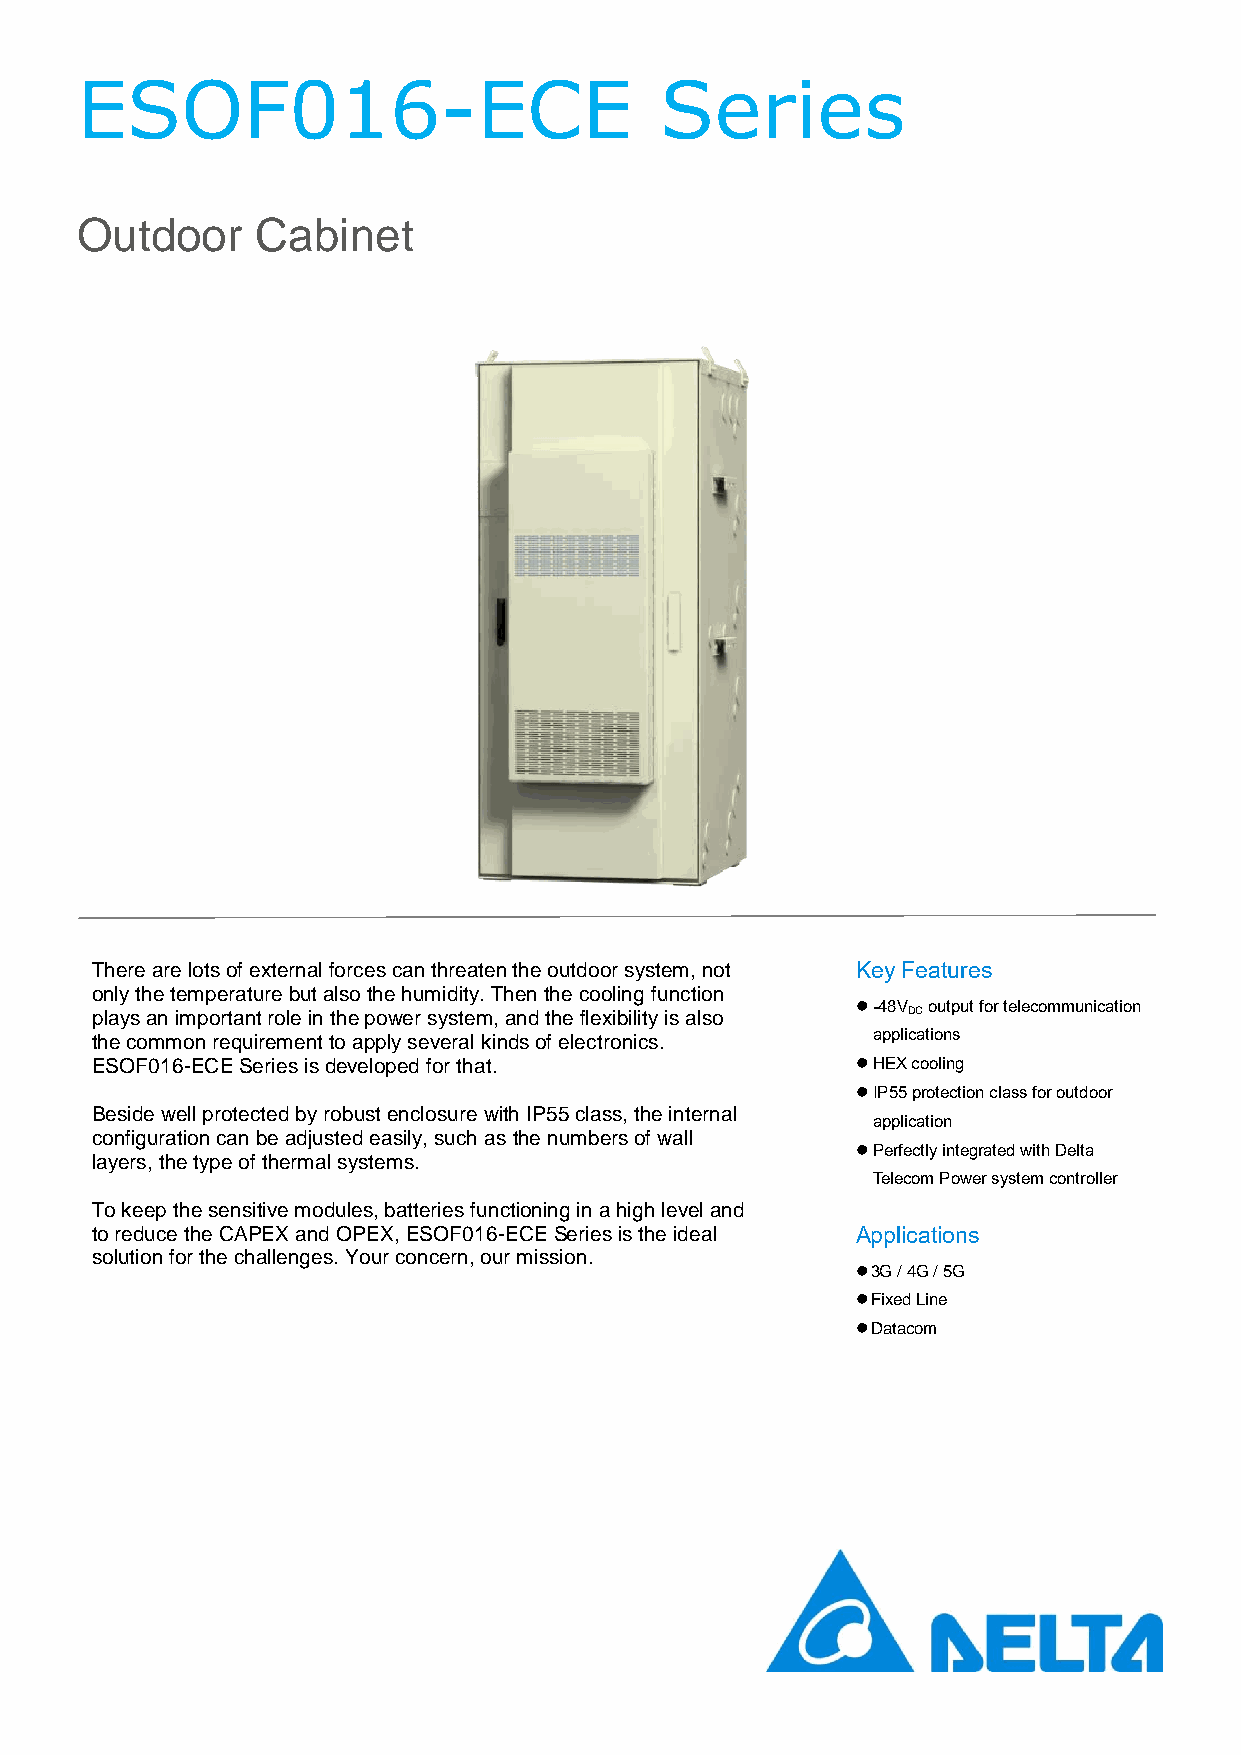
ESOF016-ECE                            Series
 Outdoor     Cabinet
 There are lots of external forces can threaten the outdoor system, not Key Features
 only the temperature but also the humidity. Then the cooling function
  -48V output for telecommunication
 plays an important role in the power system, and the flexibility is also DC
 the common requirement to apply several kinds of electronics. applications
 ESOF016-ECE Series is developed for that.           HEX cooling
  IP55 protection class for outdoor
 Beside well protected by robust enclosure with IP55 class, the internal
 application
 configuration can be adjusted easily, such as the numbers of wall
  Perfectly integrated with Delta
 layers, the type of thermal systems.
 Telecom Power system controller
 To keep the sensitive modules, batteries functioning in a high level and
 to reduce the CAPEX and OPEX, ESOF016-ECE Series is the ideal Applications
 solution for the challenges. Your concern, our mission.
  3G / 4G / 5G
  Fixed Line
  Datacom